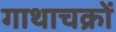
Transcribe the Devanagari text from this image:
गाथाचक्रों